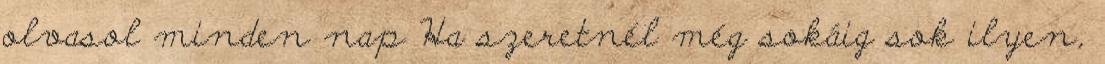
olvasol minden nap Ha szeretnél még sokáig sok ilyen,